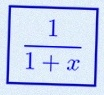
\frac{1}{1+x}